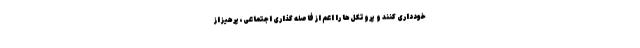
خودداری کنند و پروتکل‌ها را اعم از فاصله گذاری اجتماعی، پرهیز از